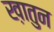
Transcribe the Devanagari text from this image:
ख़ातुन